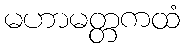
မဟာမတ္တကထံ